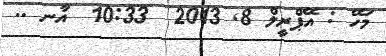
މަހޭ : އޭޕްރީލް 8